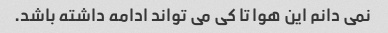
نمی دانم این هوا تا کی می تواند ادامه داشته باشد.